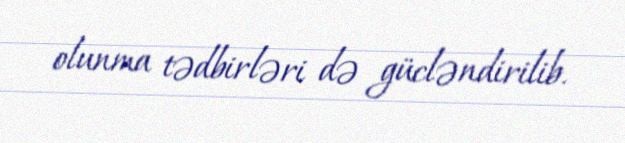
olunma tədbirləri də gücləndirilib.